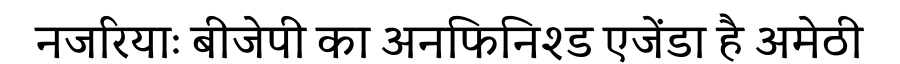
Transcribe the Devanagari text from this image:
नजरियाः बीजेपी का अनफिनिश्ड एजेंडा है अमेठी